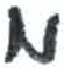
אות: מ